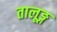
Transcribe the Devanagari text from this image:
तालूङ्ग